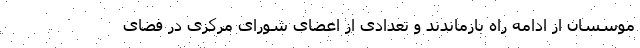
موسسان از ادامه راه بازماندند و تعدادی از اعضای شورای مرکزی در فضای